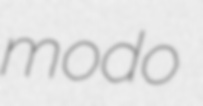
modo